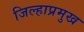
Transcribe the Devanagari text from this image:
जिल्हाप्रमुख